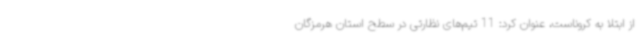
از ابتلا به کروناست، عنوان کرد: 11 تیم‌های نظارتی در سطح استان هرمزگان